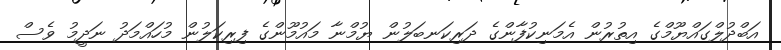
އަބްދުލްގައްޔޫމްގެ އިތުރުން އެމަނިކުފާންގެ ދަރިކަނބަލުން ޔުމްނާ މައުމޫންގެ ފިރިކަލުން މުހައްމަދު ނަދީމު ވެސް